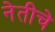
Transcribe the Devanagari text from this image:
नेतीचे